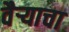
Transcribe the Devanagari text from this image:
वैऱ्याचा